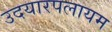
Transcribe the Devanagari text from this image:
उदयारपलायम